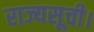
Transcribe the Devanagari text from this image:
राज्यसूची।